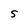
Character: 5